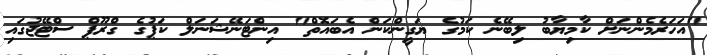
"އަހަރެމެންނަށް ކާމިޔާބު ލިބޭނެ ކަމުގެ ޔަގީންކަން އެބައޮތް" އިންޓަނޭޝަނަލް ކަޕުގެ ގްރޫޕް ސްޓޭޖުގައި